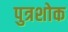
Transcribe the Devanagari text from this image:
पुत्रशोक